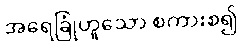
အရေခြုံဟူသော စကားစ၍